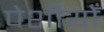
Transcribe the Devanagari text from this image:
पेशीयोँ